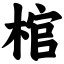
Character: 棺